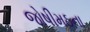
જોષીમઠના